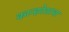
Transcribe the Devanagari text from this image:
कान्हदेशाचा